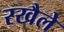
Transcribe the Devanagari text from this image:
रखैले